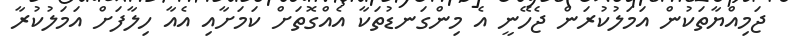
ޖަމިއްޔާތަކުން އަމަލުކުރަން ޖެހޭނީ އެ މިންގަނޑުތަކާ އެއްގޮތަށް ކަމަށާއި އެއާ ހިލާފަށް އަމަލުކުރާ